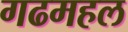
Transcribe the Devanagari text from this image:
गढमहल